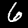
Label: 6